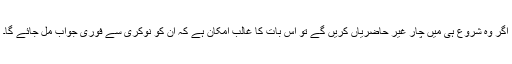
اگر وہ شروع ہی میں چار غیر حاضریاں کریں گے تو اس بات کا غالب امکان ہے کہ ان کو نوکری سے فوری جواب مل جائے گا۔